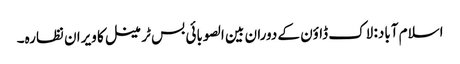
اسلام آباد: لاک ڈاؤن کے دوران بین الصوبائی بس ٹرمینل کا ویران نظارہ۔